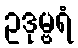
ဥဒုမ္ဗရံ